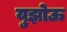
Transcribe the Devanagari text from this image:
युझोऊ